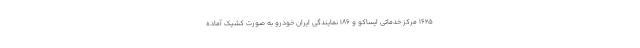
۱۶۲۵ مرکز خدماتی ایساکو و ۱۸۶ نمایندگی ایران خودرو به صورت کشیک آماده